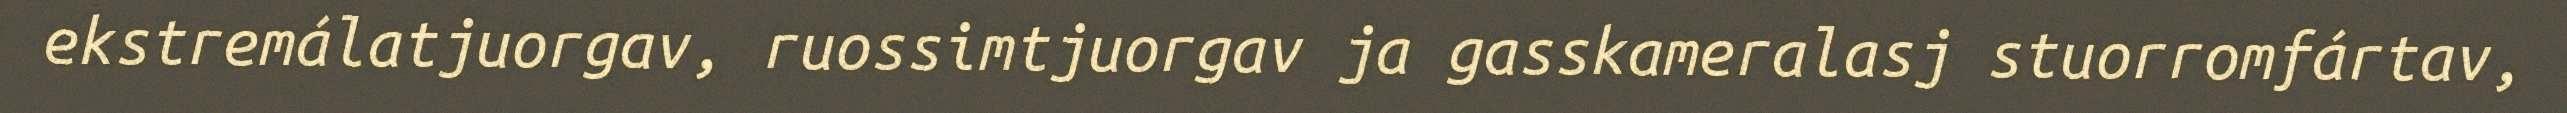
ekstremálatjuorgav, ruossimtjuorgav ja gasskameralasj stuorromfártav,